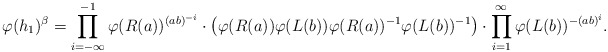
\begin{align*}\varphi(h_1)^\beta = \prod_{i=-\infty}^{-1} \varphi(R(a))^{(ab)^{-i}} \cdot \left(\varphi(R(a))\varphi(L(b))\varphi(R(a))^{-1}\varphi(L(b))^{-1}\right) \cdot \prod_{i=1}^\infty \varphi(L(b))^{-(ab)^i}.\end{align*}